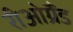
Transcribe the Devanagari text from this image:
रीओग्रैंड